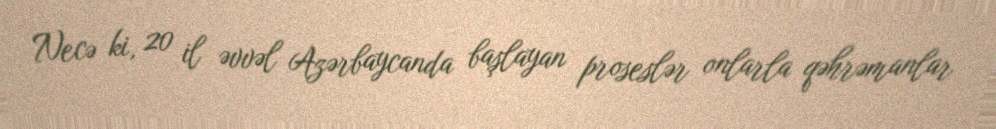
Necə ki, 20 il əvvəl Azərbaycanda başlayan proseslər onlarla qəhrəmanlar